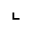
\llcorner